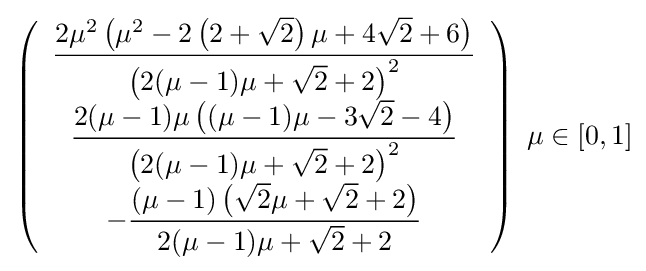
\left({\begin{array}{c}\displaystyle {\frac {2\mu ^{2}\left(\mu ^{2}-2\left(2+{\sqrt {2}}\right)\mu +4{\sqrt {2}}+6\right)}{\left(2(\mu -1)\mu +{\sqrt {2}}+2\right)^{2}}}\\\displaystyle {\frac {2(\mu -1)\mu \left((\mu -1)\mu -3{\sqrt {2}}-4\right)}{\left(2(\mu -1)\mu +{\sqrt {2}}+2\right)^{2}}}\\\displaystyle -{\frac {(\mu -1)\left({\sqrt {2}}\mu +{\sqrt {2}}+2\right)}{2(\mu -1)\mu +{\sqrt {2}}+2}}\\\end{array}}\right)\;\mu \in \left[0,1\right]